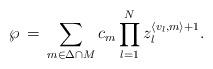
LaTeX: \begin{align*}\wp\,=\, \sum_{{m} \in {\Delta \cap M}} c_{m} \prod_{l=1}^{N} z_l^{\langle {v}_l, {m} \rangle +1}.\end{align*}